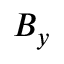
B _ { y }